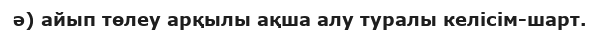
ә) айып төлеу арқылы ақша алу туралы келісім-шарт.